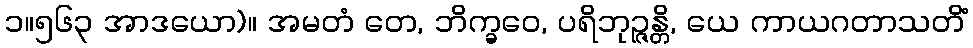
၁။၅၆၃ အာဒယော)။ အမတံ တေ, ဘိက္ခဝေ, ပရိဘုဉ္ဇန္တိ, ယေ ကာယဂတာသတိံ